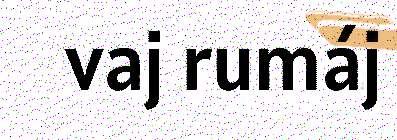
vaj rumáj